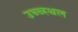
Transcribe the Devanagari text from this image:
उच्च्स्थल